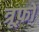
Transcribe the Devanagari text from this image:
त्रूफ़ो